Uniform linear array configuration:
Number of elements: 64
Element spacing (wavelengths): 0.25
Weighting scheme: uniform
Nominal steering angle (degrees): -15
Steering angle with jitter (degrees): -15.617
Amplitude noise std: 0.05
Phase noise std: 0.05

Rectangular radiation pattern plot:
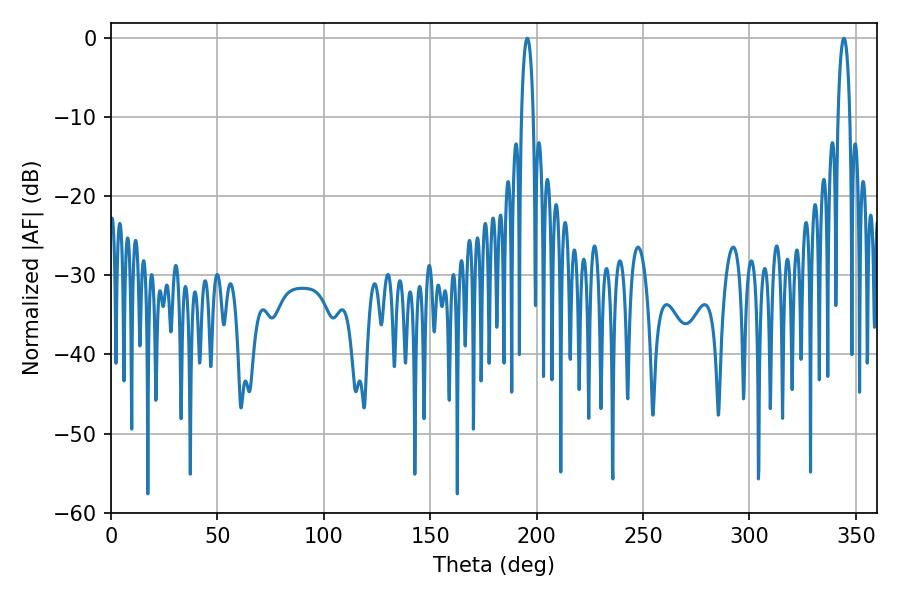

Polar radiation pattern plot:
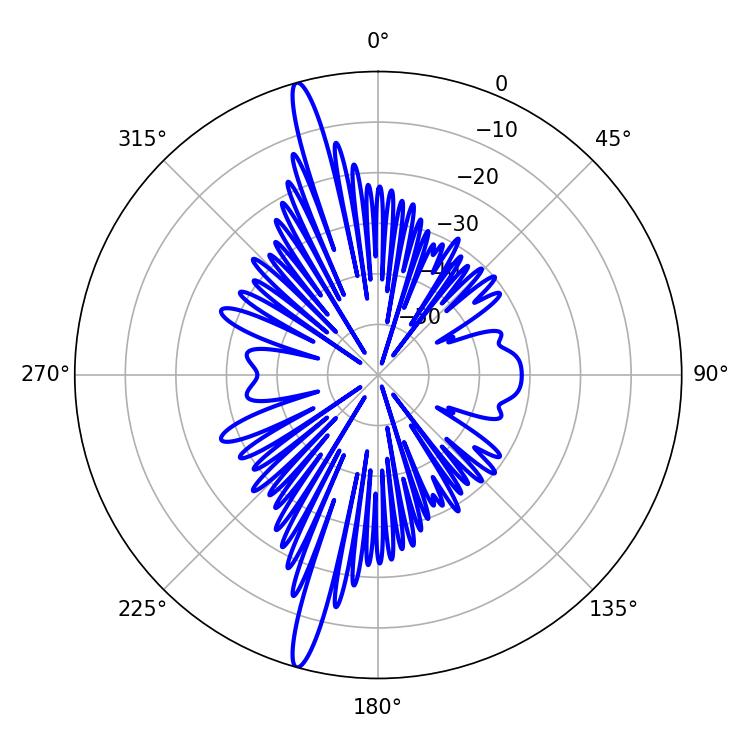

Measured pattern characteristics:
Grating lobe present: FALSE
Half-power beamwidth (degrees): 3.06
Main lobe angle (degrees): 195.66